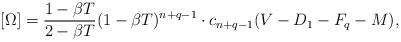
LaTeX: \begin{align*} [\Omega] = \frac{1-\beta T}{2-\beta T}(1-\beta T)^{n+q-1}\cdot c_{n+q-1}(V-D_1-F_q-M),\end{align*}